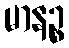
မာနဉ္စ